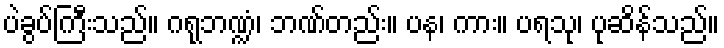
ပဲခွပ်ကြီးသည်။ ဂရုဘဏ္ဍံ၊ ဘဏ်တည်း။ ပန၊ ကား။ ပရသု၊ ပုဆိန်သည်။